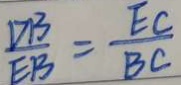
\frac { D B } { E B } = \frac { E C } { B C }